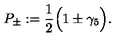
P _ { \pm } : = \frac { 1 } { 2 } \Big ( 1 \pm \gamma _ { 5 } \Big ) .